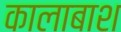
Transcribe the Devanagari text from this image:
कालाबाश